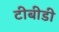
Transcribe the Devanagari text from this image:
टीबीडी